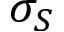
\sigma _ { S }